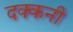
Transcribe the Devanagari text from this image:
दक्‍कनी